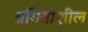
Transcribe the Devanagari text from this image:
प्रगितीशील